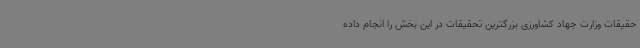
حقیقات وزارت جهاد کشاورزی بزرگترین تحقیقات در این بخش را انجام داده